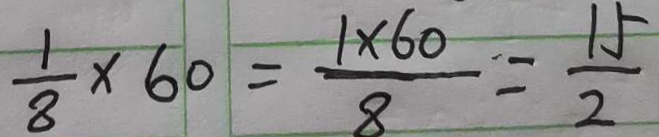
\frac { 1 } { 8 } \times 6 0 = \frac { 1 \times 6 0 } { 8 } = \frac { 1 5 } { 2 }